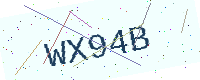
Text: WX94B